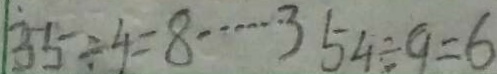
3 5 \div 4 = 8 \cdots 3 5 4 \div 9 = 6